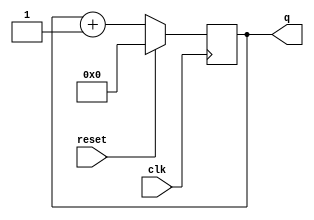
module top_module (
    input clk,
    input reset,      // Synchronous active-high reset
    output [3:0] q);
    
    always@(posedge clk)
    begin
        if(reset)
            q <= 4'd0;
        else
            q <= q + 1'b1;
    end

endmodule